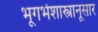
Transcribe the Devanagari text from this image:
भूगर्भशास्त्रानूसार